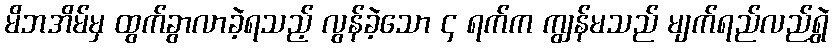
မိဘအိမ်မှ ထွက်ခွာလာခဲ့ရသည့် လွန်ခဲ့သော ၄ ရက်က ကျွန်မသည် မျက်ရည်လည်ရွှဲ